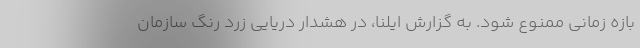
بازه زمانی ممنوع شود. به گزارش ایلنا، در هشدار دریایی زرد رنگ سازمان